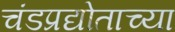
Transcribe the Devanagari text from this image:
चंडप्रद्योताच्या